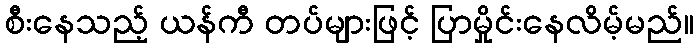
စီးနေသည့် ယန်ကီ တပ်များဖြင့် ပြာမှိုင်းနေလိမ့်မည်။